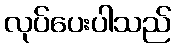
လုပ်ပေးပါသည်